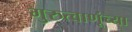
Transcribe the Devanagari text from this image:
गुरुत्वाणूंच्या